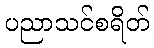
ပညာသင်စရိတ်